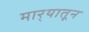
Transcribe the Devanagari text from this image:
मार्‍यातून